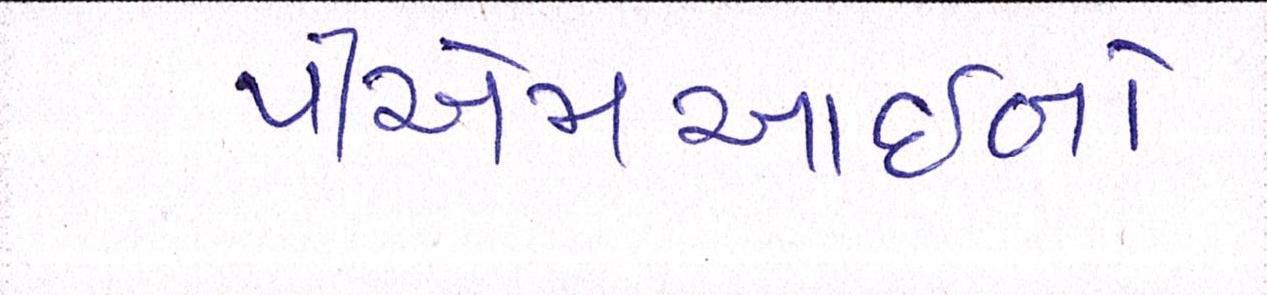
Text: પીએમઆઇનો